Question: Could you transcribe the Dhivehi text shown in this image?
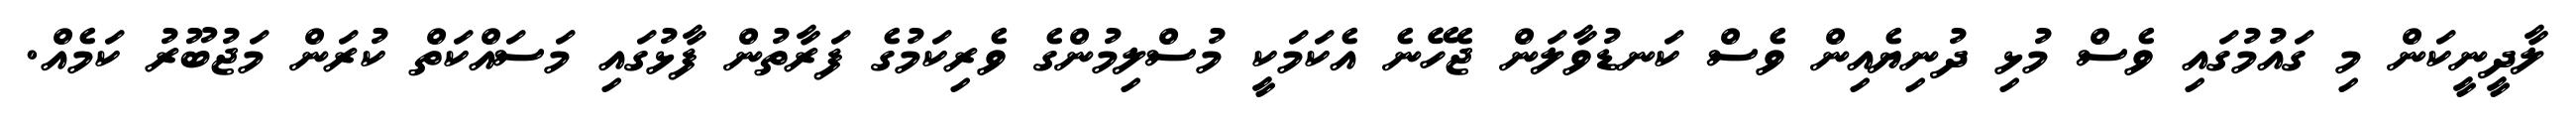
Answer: ލާދީނީކަން މި ގައުމުގައި ވެސް މުޅި ދުނިޔެއިން ވެސް ކަނޑުވާލަން ޖެހޭނެ އެކަމަކީ މުސްލިމުންގެ ވެރިކަމުގެ ފަރާތުން ފާޅުގައި މަސައްކަތް ކުރަން މަޖުބޫރު ކަމެއް.